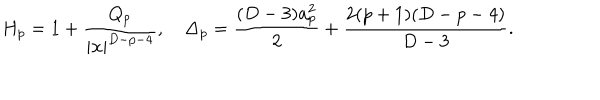
H _ { p } = 1 + { \frac { Q _ { p } } { | { \bf x } | ^ { D - p - 4 } } } , \Delta _ { p } = { \frac { ( D - 3 ) a _ { p } ^ { 2 } } { 2 } } + { \frac { 2 ( p + 1 ) ( D - p - 4 ) } { D - 3 } } .